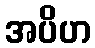
အပိဟ